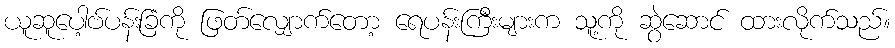
ယူဆူပေါ့ဗ်ပန်းခြံကို ဖြတ်လျှောက်တော့ ရေပန်းကြီးများက သူ့ကို ဆွဲဆောင် ထားလိုက်သည်။